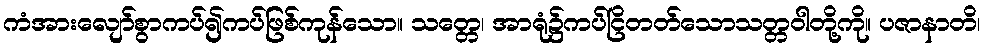
ကံအားလျော်စွာကပ်၍ကပ်ဖြစ်ကုန်သော။ သတ္တေ၊ အာရုံ၌ကပ်ငြိတတ်သောသတ္တဝါတို့ကို။ ပဇာနာတိ၊